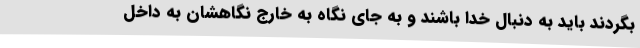
بگردند باید به دنبال خدا باشند و به جای نگاه به خارج نگاهشان به داخل